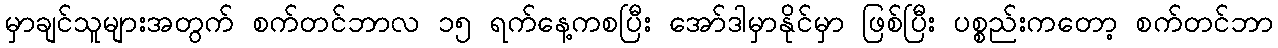
မှာချင်သူများအတွက် စက်တင်ဘာလ ၁၅ ရက်နေ့ကစပြီး အော်ဒါမှာနိုင်မှာ ဖြစ်ပြီး ပစ္စည်းကတော့ စက်တင်ဘာ